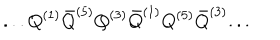
LaTeX: . . . Q ^ { ( 1 ) } { \bar { Q } } ^ { ( 5 ) } Q ^ { ( 3 ) } { \bar { Q } } ^ { ( 1 ) } Q ^ { ( 5 ) } { \bar { Q } } ^ { ( 3 ) } . . .